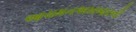
આચમનઅખબારની